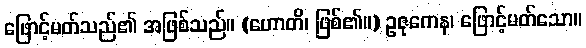
ဖြောင့်မတ်သည်၏ အဖြစ်သည်။ (ဟောတိ၊ ဖြစ်၏။) ဥဇုကေန၊ ဖြောင့်မတ်သော။